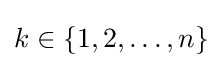
k\in \{1,2,\ldots ,n\}